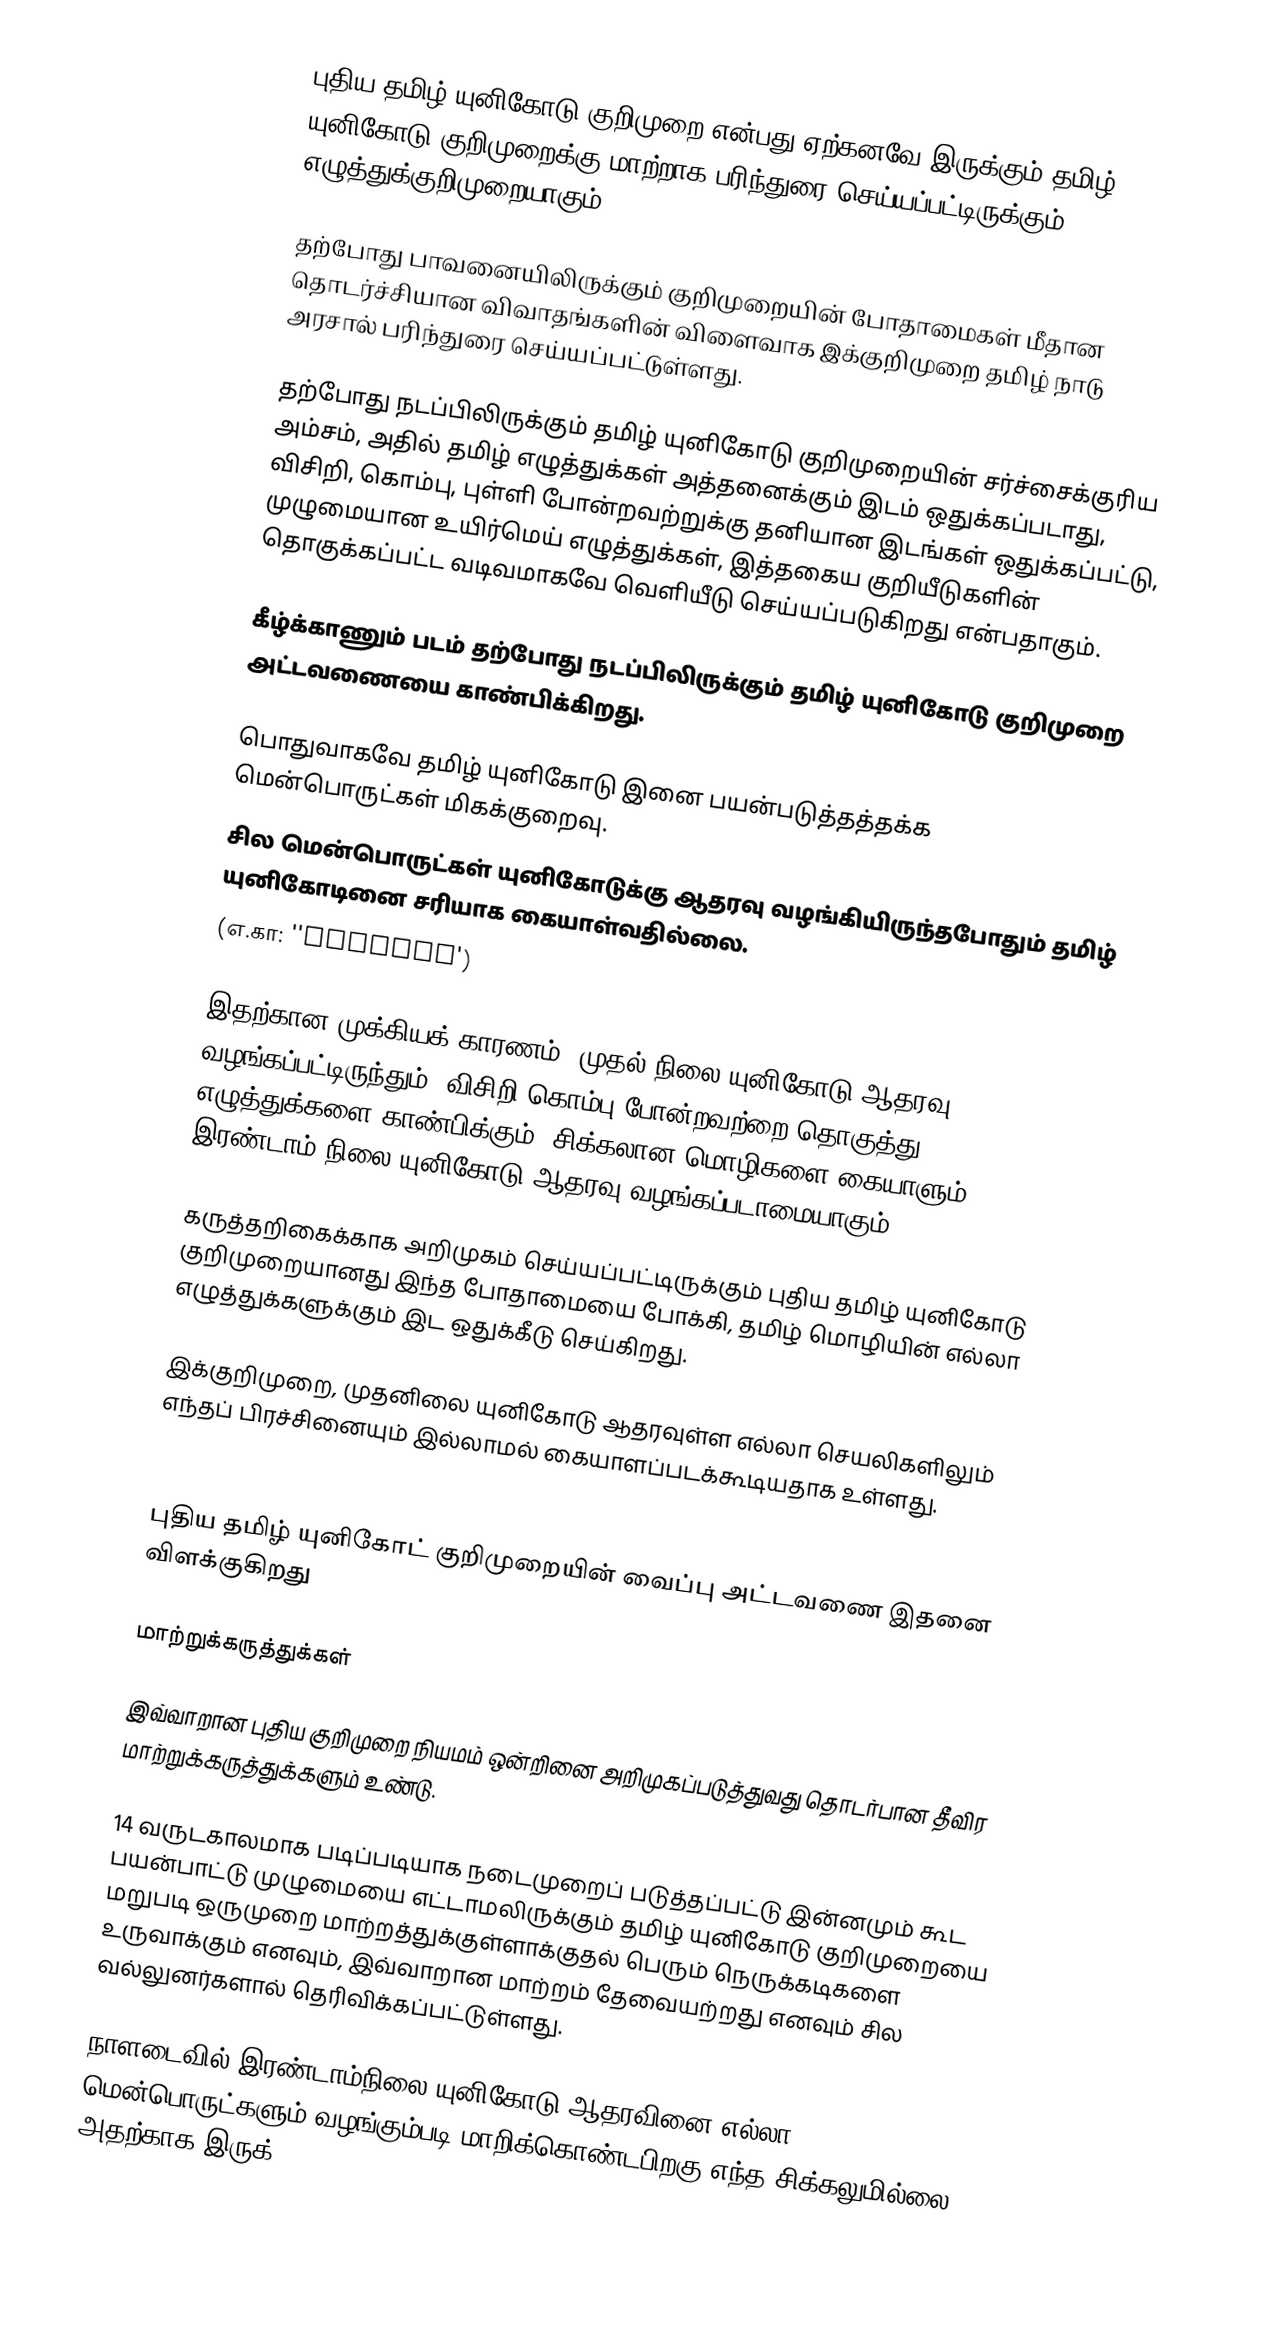
புதிய தமிழ் யுனிகோடு குறிமுறை என்பது ஏற்கனவே இருக்கும் தமிழ் யுனிகோடு குறிமுறைக்கு மாற்றாக பரிந்துரை செய்யப்பட்டிருக்கும் எழுத்துக்குறிமுறையாகும்.

தற்போது பாவனையிலிருக்கும் குறிமுறையின் போதாமைகள் மீதான தொடர்ச்சியான விவாதங்களின் விளைவாக இக்குறிமுறை தமிழ் நாடு அரசால் பரிந்துரை செய்யப்பட்டுள்ளது.

தற்போது நடப்பிலிருக்கும் தமிழ் யுனிகோடு குறிமுறையின் சர்ச்சைக்குரிய அம்சம், அதில் தமிழ் எழுத்துக்கள் அத்தனைக்கும் இடம் ஒதுக்கப்படாது, விசிறி, கொம்பு, புள்ளி போன்றவற்றுக்கு தனியான இடங்கள் ஒதுக்கப்பட்டு, முழுமையான உயிர்மெய் எழுத்துக்கள், இத்தகைய குறியீடுகளின் தொகுக்கப்பட்ட வடிவமாகவே வெளியீடு செய்யப்படுகிறது என்பதாகும்.

கீழ்க்காணும் படம் தற்போது நடப்பிலிருக்கும் தமிழ் யுனிகோடு குறிமுறை அட்டவணையை காண்பிக்கிறது.

பொதுவாகவே தமிழ் யுனிகோடு இனை பயன்படுத்தத்தக்க மென்பொருட்கள் மிகக்குறைவு.
சில மென்பொருட்கள் யுனிகோடுக்கு ஆதரவு வழங்கியிருந்தபோதும் தமிழ் யுனிகோடினை சரியாக கையாள்வதில்லை.
(எ.கா: ''AbiWord')

இதற்கான முக்கியக் காரணம், முதல் நிலை யுனிகோடு ஆதரவு வழங்கப்பட்டிருந்தும், விசிறி கொம்பு போன்றவற்றை தொகுத்து எழுத்துக்களை காண்பிக்கும், சிக்கலான மொழிகளை கையாளும் இரண்டாம் நிலை யுனிகோடு ஆதரவு வழங்கப்படாமையாகும்.

கருத்தறிகைக்காக அறிமுகம் செய்யப்பட்டிருக்கும் புதிய தமிழ் யுனிகோடு குறிமுறையானது இந்த போதாமையை போக்கி, தமிழ் மொழியின் எல்லா எழுத்துக்களுக்கும் இட ஒதுக்கீடு செய்கிறது.

இக்குறிமுறை, முதனிலை யுனிகோடு ஆதரவுள்ள எல்லா செயலிகளிலும் எந்தப் பிரச்சினையும் இல்லாமல் கையாளப்படக்கூடியதாக உள்ளது.

புதிய தமிழ் யுனிகோட் குறிமுறையின் வைப்பு அட்டவணை இதனை விளக்குகிறது

மாற்றுக்கருத்துக்கள்

இவ்வாறான புதிய குறிமுறை நியமம் ஒன்றினை அறிமுகப்படுத்துவது தொடர்பான தீவிர மாற்றுக்கருத்துக்களும் உண்டு.

14 வருடகாலமாக படிப்படியாக நடைமுறைப் படுத்தப்பட்டு இன்னமும் கூட பயன்பாட்டு முழுமையை எட்டாமலிருக்கும் தமிழ் யுனிகோடு குறிமுறையை மறுபடி ஒருமுறை மாற்றத்துக்குள்ளாக்குதல் பெரும் நெருக்கடிகளை உருவாக்கும் எனவும், இவ்வாறான மாற்றம் தேவையற்றது எனவும் சில வல்லுனர்களால் தெரிவிக்கப்பட்டுள்ளது.

நாளடைவில் இரண்டாம்நிலை யுனிகோடு ஆதரவினை எல்லா மென்பொருட்களும் வழங்கும்படி மாறிக்கொண்டபிறகு எந்த சிக்கலுமில்லை. அதற்காக இருக்